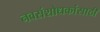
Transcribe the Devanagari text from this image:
नवसंशोधकांसाठी